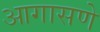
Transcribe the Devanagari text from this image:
आगासणे